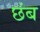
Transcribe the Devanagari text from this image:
छंब